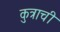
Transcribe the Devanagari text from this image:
कुत्राची